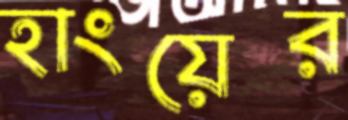
হাংয়ের